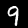
Digit: 9